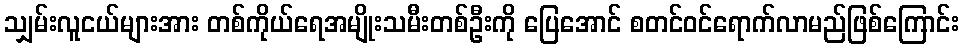
သျှမ်းလူငယ်များအား တစ်ကိုယ်ရေအမျိုးသမီးတစ်ဦးကို ပြေအောင် စတင်ဝင်ရောက်လာမည်ဖြစ်ကြောင်း